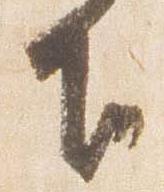
下